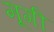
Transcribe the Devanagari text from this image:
मूगी